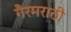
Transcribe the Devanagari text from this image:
गैरमराठी